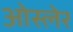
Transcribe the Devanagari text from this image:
ओस्लेर